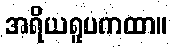
အရိယရူပကထာ။